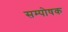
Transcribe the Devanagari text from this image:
सम्पोषक